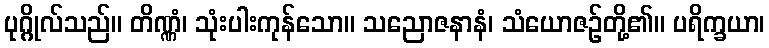
ပုဂ္ဂိုလ်သည်။ တိဏ္ဏံ၊ သုံးပါးကုန်သော။ သညောဇနာနံ၊ သံယောဇဉ်တို့၏။ ပရိက္ခယာ၊